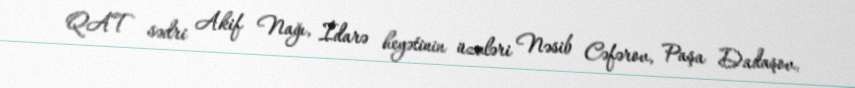
QAT sədri Akif Nağı, İdarə heyətinin üzvləri Nəsib Cəfərov, Paşa Dadaşov,